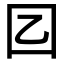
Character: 𡆠